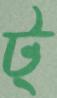
ট্